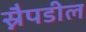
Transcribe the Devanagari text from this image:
स्नैपडील